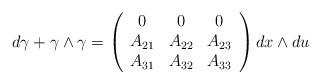
LaTeX: \begin{align*} d\gamma+\gamma\wedge\gamma=\left(\begin{array}{ccc}0 & 0 & 0 \\A_{21}& A_{22} & A_{23} \\A_{31} & A_{32} & A_{33}\end{array}\right)dx\wedge du\end{align*}